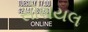
સોશયલ